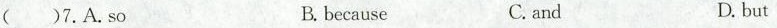
( )7.A.so B. because C. and D. but